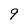
Character: 9